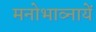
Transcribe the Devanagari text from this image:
मनोभाव्नायें